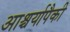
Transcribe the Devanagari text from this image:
आश्चर्यापैकी